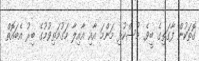
ގޮތަކުން ފާގަތިގެ ބީވެ